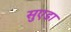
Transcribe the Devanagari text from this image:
सुएडा